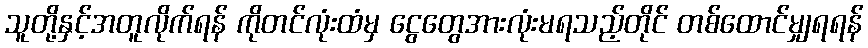
သူတို့နှင့်အတူလိုက်ရန် ကိုတင်လုံးထံမှ ငွေတွေအားလုံးမရသည့်တိုင် တစ်ထောင်မျှရရန်